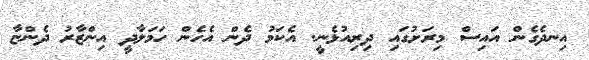
އިނދެގެން އައިސް މިރަށުގައި ދިރިއުޅެނީ. އެކަމު ދެން އެހެން ހަމަލާދީ އިންޒާރު ދެންޏާ